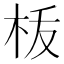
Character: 𣐪